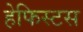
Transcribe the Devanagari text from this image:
हेफिस्टस